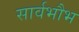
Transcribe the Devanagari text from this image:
सार्वभौभ